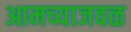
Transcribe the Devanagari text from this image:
आमच्याजवळ